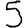
Digit: 5